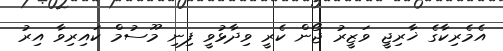
އެމެރިކާގެ ޚާރިޖީ ވަޒީރު ޖޯން ކެރީ ވިދާޅުވީ ފިނި މޫސުމް ކައިރިވާ އިރު